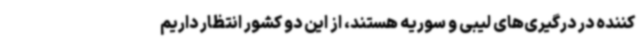
کننده در درگیری‌های لیبی و سوریه هستند، از این دو کشور انتظار داریم